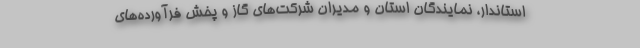
استاندار، نمایندگان استان و مدیران شرکت‌های گاز و پخش فرآورده‌های